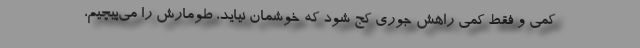
کمی و فقط کمی راهش جوری کج شود که خوشمان نیاید، طومارش را می‌پیچیم،